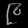
Digit: ၉